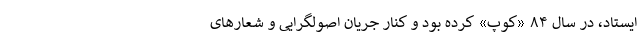
ایستاد، در سال ۸۴ «کوپ» کرده بود و کنار جریان اصولگرایی و شعارهای